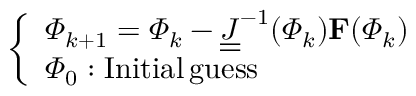
\left\{ \begin{array} { l l } { \mathbf { \varPhi } _ { k + 1 } = \mathbf { \varPhi } _ { k } - \underline { { \underline { { J } } } } ^ { - 1 } ( \mathbf { \varPhi } _ { k } ) \mathbf { F } ( \mathbf { \varPhi } _ { k } ) } \\ { \mathbf { \varPhi } _ { 0 } : \mathrm { I n i t i a l \, g u e s s } } \end{array} \right.